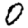
Digit: 0